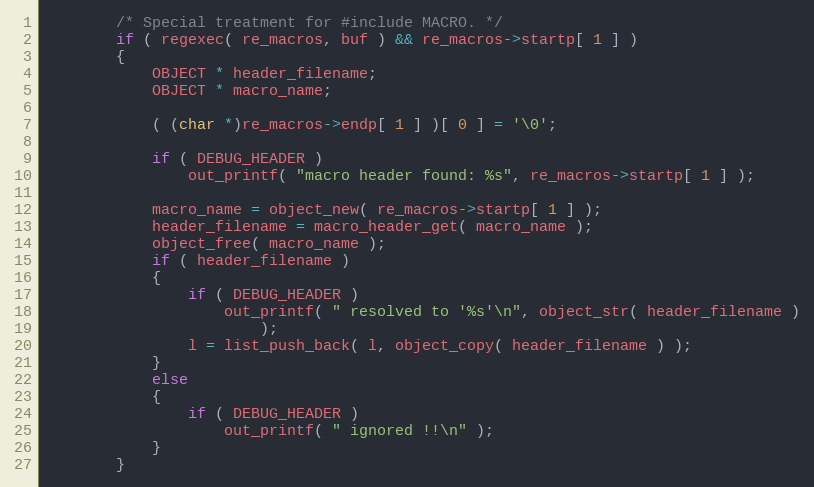
Language: C
        /* Special treatment for #include MACRO. */
        if ( regexec( re_macros, buf ) && re_macros->startp[ 1 ] )
        {
            OBJECT * header_filename;
            OBJECT * macro_name;

            ( (char *)re_macros->endp[ 1 ] )[ 0 ] = '\0';

            if ( DEBUG_HEADER )
                out_printf( "macro header found: %s", re_macros->startp[ 1 ] );

            macro_name = object_new( re_macros->startp[ 1 ] );
            header_filename = macro_header_get( macro_name );
            object_free( macro_name );
            if ( header_filename )
            {
                if ( DEBUG_HEADER )
                    out_printf( " resolved to '%s'\n", object_str( header_filename )
                        );
                l = list_push_back( l, object_copy( header_filename ) );
            }
            else
            {
                if ( DEBUG_HEADER )
                    out_printf( " ignored !!\n" );
            }
        }